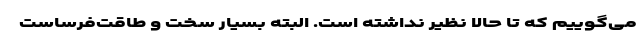
می‌گوییم که تا حالا نظیر نداشته است. البته بسیار سخت و طاقت‌فرساست